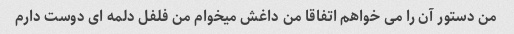
من دستور آن را می خواهم اتفاقا من داغش میخوام من فلفل دلمه ای دوست دارم